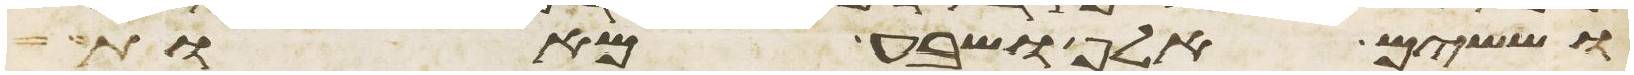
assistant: וששים אלף ושבע מאות